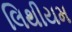
લિથીયમ